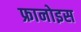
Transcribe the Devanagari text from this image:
फ्रानोइस